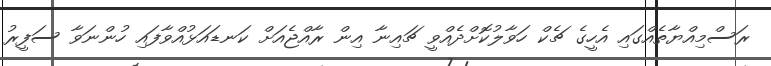
ރަސްމިއްޔާތެއްގައި އެހީގެ ޗެކް ހަވާލުކޮށްދެއްވީ ޗައިނާ އިން ރާއްޖެއަށް ކަނޑައަޅުއްވާފައި ހުންނަވާ ސަފީރު